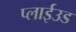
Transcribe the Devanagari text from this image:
प्लाईउड